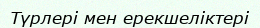
Түрлері мен ерекшеліктері